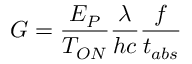
G = \frac { E _ { P } } { T _ { O N } } \frac { \lambda } { h c } \frac { f } { t _ { a b s } }